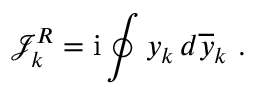
\mathcal { J } _ { k } ^ { R } = \mathrm { i } \oint y _ { k } \, d \overline { { y } } _ { k } \ .